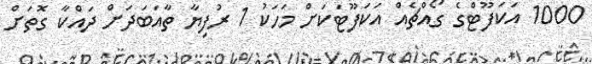
1000 އަކަފޫޓްގެ ގޯއްޗެއް އަކަފޫޓަކަށް މަހަކު 1 ރުފިޔާ ތާއަބަދަށް ދައްކާ ގޮތަށް